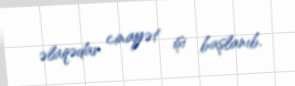
əlaqədar cinayət işi başlanıb.